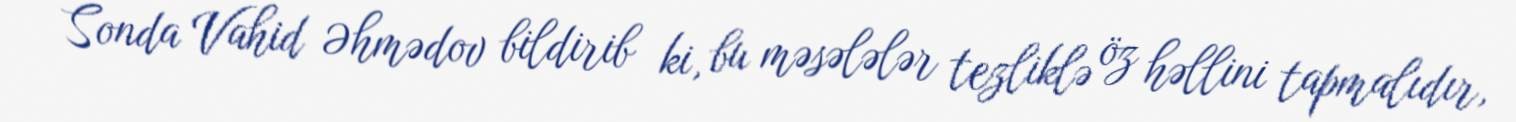
Sonda Vahid Əhmədov bildirib ki, bu məsələlər tezliklə öz həllini tapmalıdır,